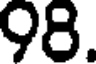
98.